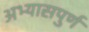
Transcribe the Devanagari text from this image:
अभ्यासपुर्ण